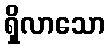
ရှိလာသော